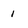
Character: 1